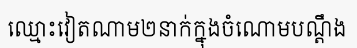
ឈ្មោះវៀតណាម២នាក់ក្នុងចំណោមបណ្តឹង